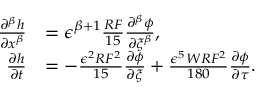
\begin{array} { r l } { \frac { \partial ^ { \beta } h } { \partial x ^ { \beta } } } & { = \epsilon ^ { \beta + 1 } \frac { R F } { 1 5 } \frac { \partial ^ { \beta } \phi } { \partial \xi ^ { \beta } } , } \\ { \frac { \partial h } { \partial t } } & { = - \frac { \epsilon ^ { 2 } R F ^ { 2 } } { 1 5 } \frac { \partial \phi } { \partial \xi } + \frac { \epsilon ^ { 5 } W R F ^ { 2 } } { 1 8 0 } \frac { \partial \phi } { \partial \tau } . } \end{array}